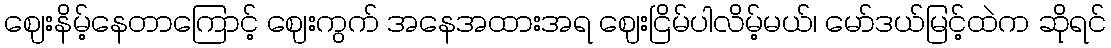
ဈေးနိမ့်နေတာကြောင့် ဈေးကွက် အနေအထားအရ ဈေးငြိမ်ပါလိမ့်မယ်၊ မော်ဒယ်မြင့်ထဲက ဆိုရင်